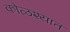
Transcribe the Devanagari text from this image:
कोळश्यात